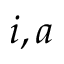
i , a